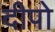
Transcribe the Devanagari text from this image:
दीपो